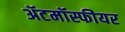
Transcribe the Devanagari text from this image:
ॲटमॉस्फीयर